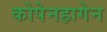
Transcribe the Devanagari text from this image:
कोपेनहागेन